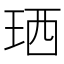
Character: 𤥒